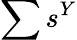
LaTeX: \sum s^{Y}